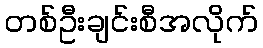
တစ်ဦးချင်းစီအလိုက်